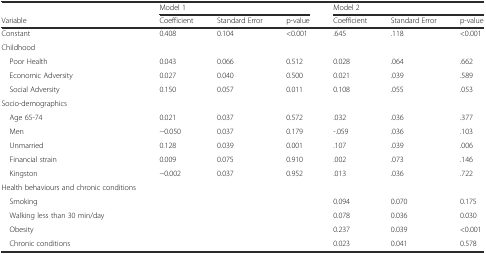
|  | <COLSPAN=3> Model 1 | <COLSPAN=3> Model 2 |
 | Variable | Coefficient | Standard Error | p-value | Coefficient | Standard Error | p-value |
 | --- | --- | --- | --- | --- | --- | --- |
 | Constant | 0.408 | 0.104 | <0.001 | .645 | .118 | <0.001 |
 | Childhood |  |  |  |  |  |  |
 | Poor Health | 0.043 | 0.066 | 0.512 | 0.028 | .064 | .662 |
 | Economic Adversity | 0.027 | 0.040 | 0.500 | 0.021 | .039 | .589 |
 | Social Adversity | 0.150 | 0.057 | 0.011 | 0.108 | .055 | .053 |
 | Socio-demographics |  |  |  |  |  |  |
 | Age 65-74 | 0.021 | 0.037 | 0.572 | .032 | .036 | .377 |
 | Men | −0.050 | 0.037 | 0.179 | -.059 | .036 | .103 |
 | Unmarried | 0.128 | 0.039 | 0.001 | .107 | .039 | .006 |
 | Financial strain | 0.009 | 0.075 | 0.910 | .002 | .073 | .146 |
 | Kingston | −0.002 | 0.037 | 0.952 | .013 | .036 | .722 |
 | Health behaviours and chronic conditions |  |  |  |  |  |  |
 | Smoking |  |  |  | 0.094 | 0.070 | 0.175 |
 | Walking less than 30 min/day |  |  |  | 0.078 | 0.036 | 0.030 |
 | Obesity |  |  |  | 0.237 | 0.039 | <0.001 |
 | Chronic conditions |  |  |  | 0.023 | 0.041 | 0.578 |